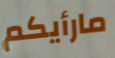
مارأيكم